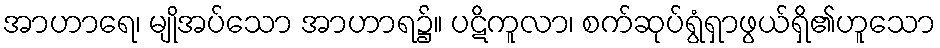
အာဟာရေ၊ မျိုအပ်သော အာဟာရ၌။ ပဋိကူလာ၊ စက်ဆုပ်ရွံရှာဖွယ်ရှိ၏ဟူသော